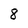
Character: 8